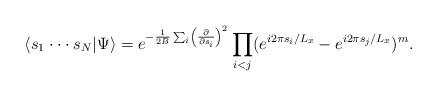
LaTeX: \begin{align*}\langle s_1 \cdot \cdot \cdot s_N|\Psi \rangle =e^{-{1 \over 2B} \sum_i \left( {\partial \over \partial s_i} \right)^2}\prod_{i<j} (e^{i2\pi s_i/L_x} -e^{i2\pi s_j/L_x} )^m.\end{align*}